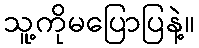
သူ့ကိုမပြောပြနဲ့။